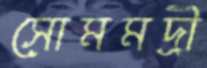
সোমমদ্রী